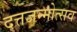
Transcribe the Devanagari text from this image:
दत्तजन्मोत्सव